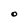
Character: O